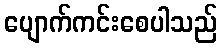
ပျောက်ကင်းစေပါသည်